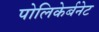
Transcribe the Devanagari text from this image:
पोलिकेर्बनेट